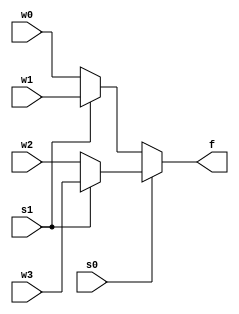
`timescale 1ns / 1ps
//////////////////////////////////////////////////////////////////////////////////
// Company: 
// Engineer: 
// 
// Design Name: 
// Module Name: mux4x1
// Project Name: 
// Target Devices: 
// Tool Versions: 
// Description: 
// 
// Dependencies: 
// 
// Revision:
// Revision 0.01 - File Created
// Additional Comments:
// 
//////////////////////////////////////////////////////////////////////////////////


module mux4x1(w0,w1,w2,w3,s0,s1,f);
input [2:0] w0;
input [2:0] w1;
input [2:0] w2;
input [2:0] w3;
input s0;
input s1;
output[2:0]  f;
reg[2:0] f;
 always@(s0 or s1)
 begin
   if(~s0)
    begin
     if(~s1)
      f=w0;
      else
      f=w1;
    end
    else
    begin
    if(~s1)
    f=w2;
    else
    f=w3;
    end
    
 end
endmodule